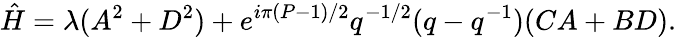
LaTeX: \hat{H}=\lambda(A^{2}+D^{2})+e^{i\pi(P-1)/2}q^{-1/2}(q-q^{-1})(CA+BD).